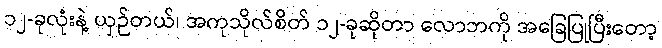
၁၂-ခုလုံးနဲ့ ယှဉ်တယ်၊ အကုသိုလ်စိတ် ၁၂-ခုဆိုတာ လောဘကို အခြေပြုပြီးတော့